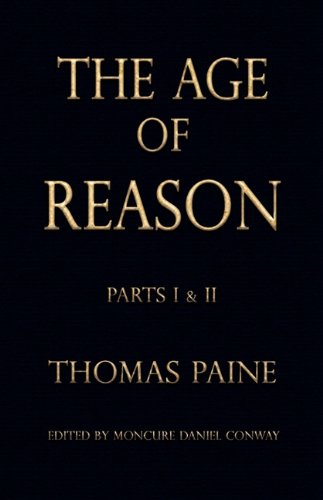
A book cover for The Age of Reason - Thomas Paine (Writings of Thomas Paine); Thomas Paine; Politics & Social Sciences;